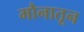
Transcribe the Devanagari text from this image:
मौनातून